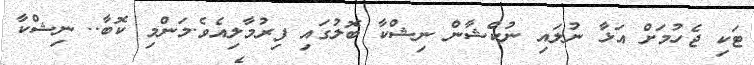
ޓަކި ޖެހުމަށް އަޅާ ނުލައި ނުކްޝާން ނިޝްކާ ބޮލުގައި ފިރުމާލިއެވެ.މަންމި ކޮބާ.. ނިޝްކާ